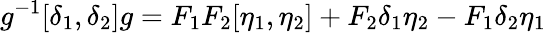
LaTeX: g^{-1}[\delta_{1},\delta_{2}]g=F_{1}F_{2}[\eta_{1},\eta_{2}]+F_{2}\delta_{1}\eta_{2}-F_{1}\delta_{2}\eta_{1}